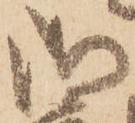
御